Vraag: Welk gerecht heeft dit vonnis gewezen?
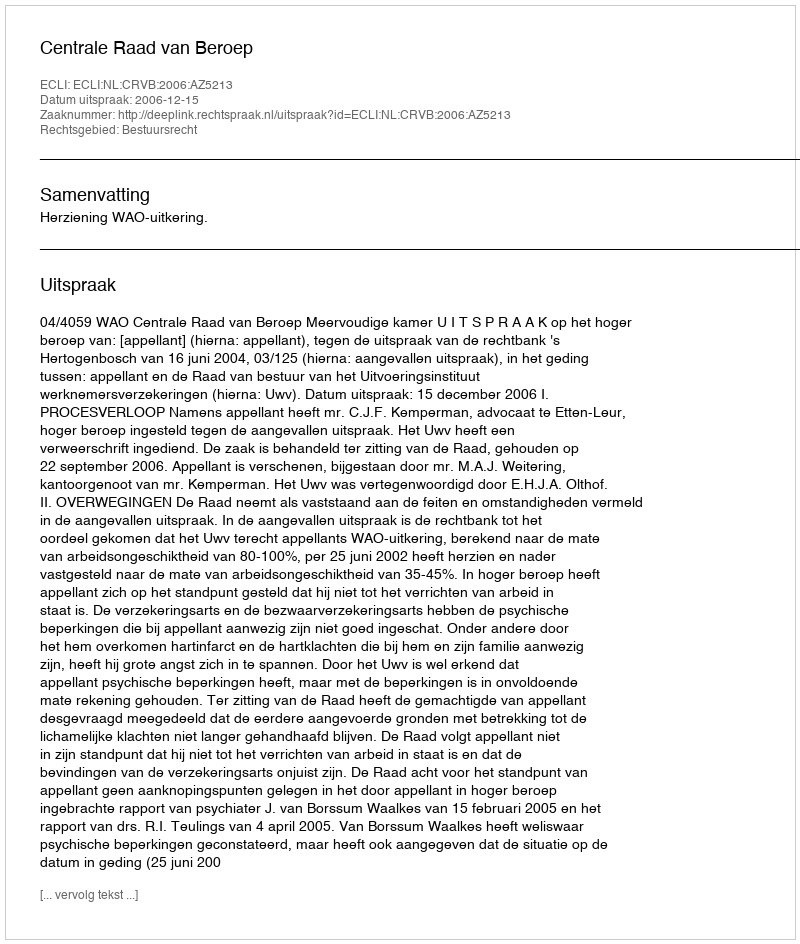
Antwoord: Centrale Raad van Beroep